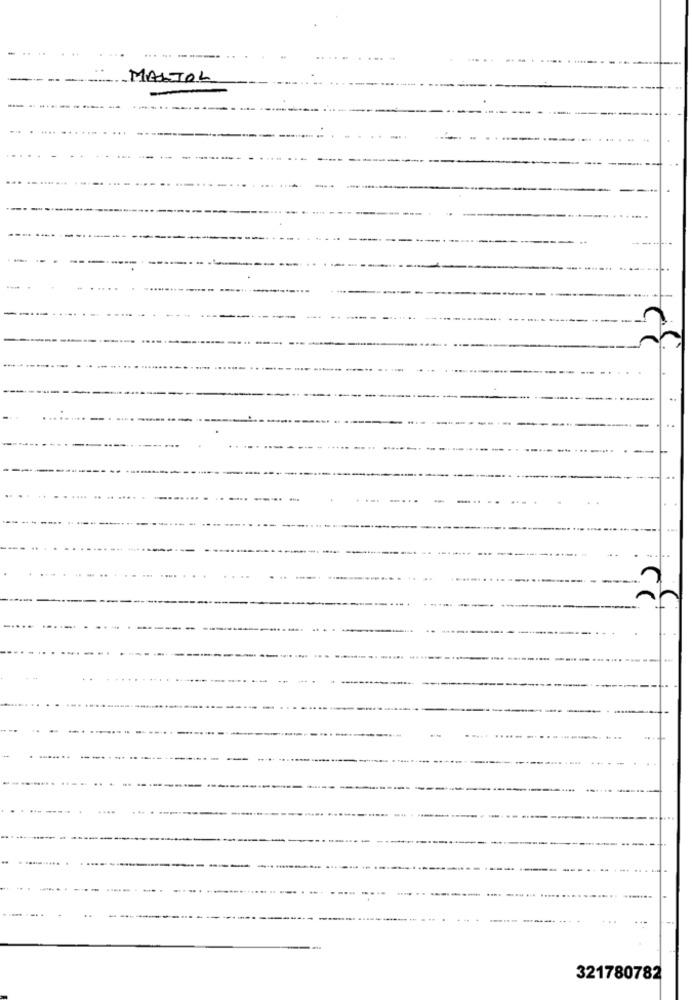
.----
MALTOL
----
321780782